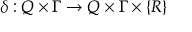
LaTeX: \delta : Q \times \Gamma \rightarrow Q \times \Gamma \times \{ R \}